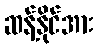
ဆန့်နိုင်အား